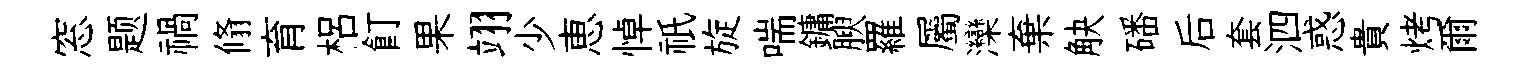
窓题禍翛育梠飣果翊少恵悼祇旋喘鏞腴羅屬灤棄觖磻后套泗惑貴烤爾